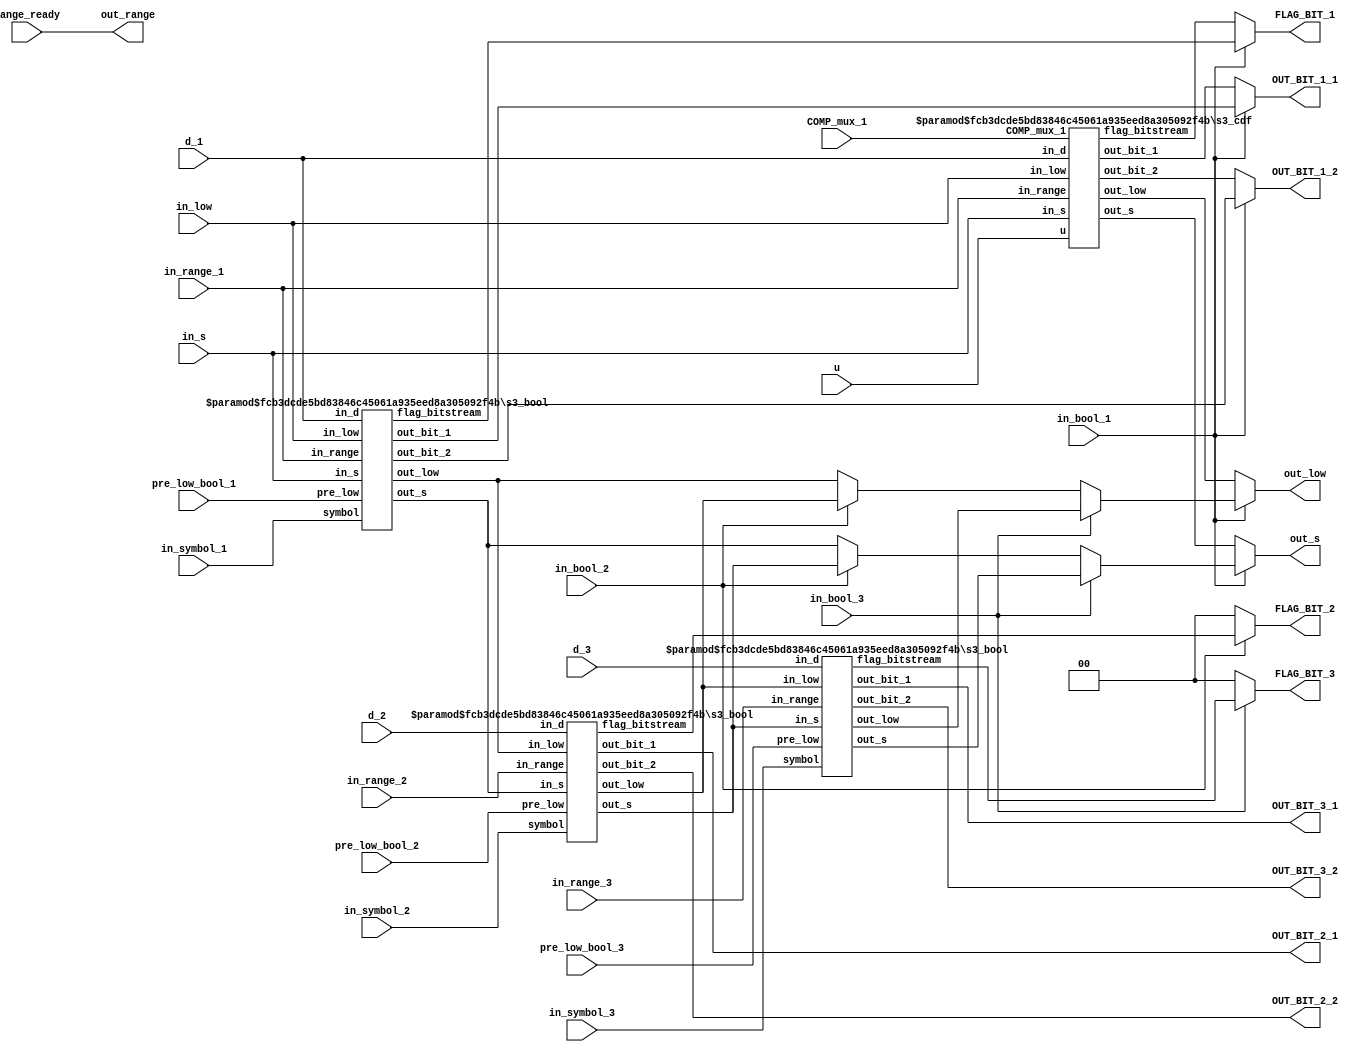
// To check later
// 1- Make the bitstream generation (out_bit_1/2) to be 9-bit arrays

module stage_3 #(
  parameter RANGE_WIDTH = 16,
  parameter LOW_WIDTH = 24,
  parameter D_SIZE = 5
  ) (
    input COMP_mux_1,
    input [(D_SIZE-1):0] in_s,
    input [(LOW_WIDTH-1):0] in_low,
    input [(D_SIZE-1):0] d_1, d_2, d_3,
    input in_bool_1, in_bool_2, in_bool_3,
    input in_symbol_1, in_symbol_2, in_symbol_3,
    input [RANGE_WIDTH:0] u,
    input [(RANGE_WIDTH-1):0] pre_low_bool_1, pre_low_bool_2, pre_low_bool_3,
    input [(RANGE_WIDTH-1):0] in_range_1, in_range_2, in_range_3, range_ready,
    output wire [(D_SIZE-1):0] out_s,
    output wire [(LOW_WIDTH-1):0] out_low,
    output wire [(RANGE_WIDTH-1):0] out_range,
    output wire [(RANGE_WIDTH-1):0] OUT_BIT_1_1, OUT_BIT_1_2,
    output wire [(RANGE_WIDTH-1):0] OUT_BIT_2_1, OUT_BIT_2_2,
    output wire [(RANGE_WIDTH-1):0] OUT_BIT_3_1, OUT_BIT_3_2,
    output wire [1:0] FLAG_BIT_1, FLAG_BIT_2, FLAG_BIT_3
  );
  wire [(LOW_WIDTH-1):0] low_bool_1, low_bool_2, low_bool_3, low_cdf;
  wire [(D_SIZE-1):0] s_cdf, s_bool_1, s_bool_2, s_bool_3;
  wire [(RANGE_WIDTH-1):0] out_bit_1_cdf, out_bit_2_cdf;    // For the 1st cdf
  // Architecture Outputs
  wire [1:0] flag_cdf_1;   // For the 1st both
  wire [1:0] flag_bool_1, flag_bool_2, flag_bool_3;
  wire [(RANGE_WIDTH-1):0] bool_out_bit_1_1, bool_out_bit_1_2;
  wire [(RANGE_WIDTH-1):0] bool_out_bit_2_1, bool_out_bit_2_2;
  wire [(RANGE_WIDTH-1):0] bool_out_bit_3_1, bool_out_bit_3_2;

  s3_cdf #(
    .D_SIZE (D_SIZE),
    .LOW_WIDTH (LOW_WIDTH),
    .RANGE_WIDTH (RANGE_WIDTH)
    ) s3_cdf (
      .u (u),
      .in_d (d_1),
      .in_s (in_s),
      .in_low (in_low),
      .in_range (in_range_1),
      .COMP_mux_1 (COMP_mux_1),
      // Outputs
      .out_s (s_cdf),
      .out_low (low_cdf),
      .out_bit_1 (out_bit_1_cdf),
      .out_bit_2 (out_bit_2_cdf),
      .flag_bitstream (flag_cdf_1)
    );

  /* Boolean Operation
      - The Parallelized Boolean estimates the use of 3 Booleans that generate
    outputs at the same clock cycle (therefore parallel).
      - In reality, they are sequential. However, if observed from the top
    entity blocks, their results arrive all together and, therefore, in
    parallel.
  */
  s3_bool #(
    .D_SIZE (D_SIZE),
    .LOW_WIDTH (LOW_WIDTH),
    .RANGE_WIDTH (RANGE_WIDTH)
    ) s3_bool_1 (
      .in_d (d_1),
      .in_s (in_s),
      .in_low (in_low),
      .symbol (in_symbol_1),
      .pre_low (pre_low_bool_1),
      .in_range (in_range_1),
      // Outputs
      .out_s (s_bool_1),
      .out_low (low_bool_1),
      .out_bit_1 (bool_out_bit_1_1),
      .out_bit_2 (bool_out_bit_1_2),
      .flag_bitstream (flag_bool_1)
  );
  s3_bool #(
    .D_SIZE (D_SIZE),
    .LOW_WIDTH (LOW_WIDTH),
    .RANGE_WIDTH (RANGE_WIDTH)
    ) s3_bool_2 (
      .in_d (d_2),
      .in_s (s_bool_1),
      .in_low (low_bool_1),
      .symbol (in_symbol_2),
      .pre_low (pre_low_bool_2),
      .in_range (in_range_2),
      // Outputs
      .out_s (s_bool_2),
      .out_low (low_bool_2),
      .out_bit_1 (bool_out_bit_2_1),
      .out_bit_2 (bool_out_bit_2_2),
      .flag_bitstream (flag_bool_2)
  );
  s3_bool #(
    .D_SIZE (D_SIZE),
    .LOW_WIDTH (LOW_WIDTH),
    .RANGE_WIDTH (RANGE_WIDTH)
    ) s3_bool_3 (
      .in_d (d_3),
      .in_s (s_bool_2),
      .in_low (low_bool_2),
      .symbol (in_symbol_3),
      .pre_low (pre_low_bool_3),
      .in_range (in_range_3),
      // Outputs
      .out_s (s_bool_3),
      .out_low (low_bool_3),
      .out_bit_1 (bool_out_bit_3_1),
      .out_bit_2 (bool_out_bit_3_2),
      .flag_bitstream (flag_bool_3)
  );
  // Outputs Assignments
  assign out_s =  (in_bool_1 == 1'b1) ? ((in_bool_3) ? s_bool_3 :
                                        (in_bool_2) ? s_bool_2 :
                                        s_bool_1) :
                  s_cdf;
  assign out_low =  (in_bool_1 == 1'b1) ? ((in_bool_3) ? low_bool_3 :
                                          (in_bool_2) ? low_bool_2 :
                                          low_bool_1) :
                    low_cdf;
  // ------------------------------------------------------
  assign OUT_BIT_1_1 =  (in_bool_1 == 1'b1) ? bool_out_bit_1_1 :
                        out_bit_1_cdf;
  assign OUT_BIT_1_2 =  (in_bool_1 == 1'b1) ? bool_out_bit_1_2 :
                        out_bit_2_cdf;

  /* In order to reduce the delay, sometimes there OUT_BIT 2_x and 3_x will
  receive a valid number instead of zero. This reduces the delay by 1 mux and
  might be benefitial here.
    The validation of these OUT_BITs will be done by the corresponding FLAG_BIT.
  */
  assign OUT_BIT_2_1 = bool_out_bit_2_1;
  assign OUT_BIT_2_2 = bool_out_bit_2_2;

  assign OUT_BIT_3_1 = bool_out_bit_3_1;
  assign OUT_BIT_3_2 = bool_out_bit_3_2;

  assign FLAG_BIT_1 = (in_bool_1 == 1'b1) ? flag_bool_1 :
                      flag_cdf_1;
  assign FLAG_BIT_2 = (in_bool_2 == 1'b1) ? flag_bool_2 :
                      2'd0;
  assign FLAG_BIT_3 = (in_bool_3 == 1'b1) ? flag_bool_3 :
                      2'd0;
  // ------------------------------------------------------
  /*  Variables already assigned upon the modules' output:
      - Flags bitstream 2 and 3;
      - Out Bitstreams 2_x and 3_x. */
  assign out_range = range_ready;
endmodule

module s3_cdf #(
  parameter D_SIZE = 5,
  parameter LOW_WIDTH = 24,
  parameter RANGE_WIDTH = 16
  )(
    input COMP_mux_1,
    input [RANGE_WIDTH:0] u,
    input [(LOW_WIDTH-1):0] in_low,
    input [(D_SIZE-1):0] in_d, in_s,
    input [(RANGE_WIDTH-1):0] in_range,
    // Outputs
    output wire [1:0] flag_bitstream,
    output wire [(D_SIZE-1):0] out_s,
    output wire [(LOW_WIDTH-1):0] out_low,
    output wire [(RANGE_WIDTH-1):0] out_bit_1, out_bit_2
  );
  wire [(LOW_WIDTH-1):0] low_1, low_raw;
  assign low_1 = in_low + (in_range - u[(RANGE_WIDTH-1):0]);

  assign low_raw =  (COMP_mux_1 == 1'b1) ? low_1 :
                    in_low;
  s3_renormalization # (
    .D_SIZE (D_SIZE),
    .LOW_WIDTH (LOW_WIDTH),
    .RANGE_WIDTH (RANGE_WIDTH)
    ) s3_cdf_norm (
      .d (in_d),
      .in_s (in_s),
      .low_raw (low_raw),
      // Outputs
      .out_s (out_s),
      .out_low (out_low),
      .out_bit_1 (out_bit_1),
      .out_bit_2 (out_bit_2),
      .flag_bitstream (flag_bitstream)
    );
endmodule

module s3_bool #(
  parameter D_SIZE = 5,
  parameter LOW_WIDTH = 24,
  parameter RANGE_WIDTH = 16
  )(
    input symbol,
    input [(LOW_WIDTH-1):0] in_low,
    input [(D_SIZE-1):0] in_d, in_s,
    input [(RANGE_WIDTH-1):0] in_range, pre_low,
    // Outputs
    output wire [1:0] flag_bitstream,
    output wire [(D_SIZE-1):0] out_s,
    output wire [(LOW_WIDTH-1):0] out_low,
    output wire [(RANGE_WIDTH-1):0] out_bit_1, out_bit_2
  );
  wire [(LOW_WIDTH-1):0] low_1, low_raw;
  /* Pre_low is a variable calculated within the Boolean block in Stage 2.
    Its creation was specifically done to reduce the stress generated by the
  parallelized Boolean blocks in Stage 3.
    Pre_low = in_range - v_bool
  */
  assign low_1 = in_low + pre_low;

  assign low_raw =  (symbol == 1'b1) ? low_1 :
                    in_low;
  s3_renormalization #(
    .D_SIZE (D_SIZE),
    .LOW_WIDTH (LOW_WIDTH),
    .RANGE_WIDTH (RANGE_WIDTH)
    ) s3_bool_norm (
      .d (in_d),
      .in_s (in_s),
      .low_raw (low_raw),
      // Outputs
      .out_s (out_s),
      .out_low (out_low),
      .out_bit_1 (out_bit_1),
      .out_bit_2 (out_bit_2),
      .flag_bitstream (flag_bitstream)
    );
endmodule

module s3_renormalization #(
  parameter LOW_WIDTH = 24,
  parameter RANGE_WIDTH = 16,
  parameter D_SIZE = 5
  )(
    input [(LOW_WIDTH-1):0] low_raw,
    input [(D_SIZE-1):0] d, in_s,
    // Outputs
    output wire [1:0] flag_bitstream,
    output wire [(D_SIZE-1):0] out_s,
    output wire [(LOW_WIDTH-1):0] out_low,
    output wire [(RANGE_WIDTH-1):0] out_bit_1, out_bit_2
  );
  wire [(LOW_WIDTH-1):0] low_s0, low_s8, m_s8, m_s0;
  wire [(D_SIZE-1):0] c_norm_s0, c_norm_s8, s_s0, s_s8;
  wire [(D_SIZE-1):0] s_comp;
  wire [(D_SIZE-1):0] c_bit_s0, c_bit_s8;

  assign s_comp = in_s + d;
  // ----------------------
  assign c_norm_s0 = in_s + 5'd7;
  assign m_s0 = (24'd1 << c_norm_s0) - 24'd1;

  // s_s0 adapted from: s0 = (in_s + 16) + d - 24
  assign s_s0 = in_s + d - 5'd8;
  assign low_s0 = low_raw & m_s0;
  // -----------------------
  assign c_norm_s8 = in_s - 5'd1;
  // m_s8 adapted from: m_s8 = m_s0 >> 8
  assign m_s8 = (24'd1 << c_norm_s8) - 24'd1;

  // s_s8 adapted from: s8 = (in_s + 8) + d - 24
  assign s_s8 = in_s + d - 5'd16;
  assign low_s8 = low_raw & m_s8;

  // pre-bitstream generation
  assign c_bit_s0 = in_s + 5'd7;
  assign c_bit_s8 = in_s - 5'd1;
  // =========================================================================
  // Outputs

  assign out_low =  ((s_comp >= 9) && (s_comp < 17)) ? low_s0 << d :
                    (s_comp >= 17) ? low_s8 << d :
                    low_raw << d;

  assign out_s =  ((s_comp >= 9) && (s_comp < 17)) ? s_s0 :
                  (s_comp >= 17) ? s_s8 :
                  s_comp;
  /*
    out_bit_1 and out_bit_2 are the pre-bitstreams generated by Stage 3.
    They are send to Stage 4 (carry propagation) for a reduction from a 9-bit to
  an 8-bit array.
  */
  assign out_bit_1 =  (s_comp >= 9) ? low_raw >> c_bit_s0 :
                      16'd0;
  assign out_bit_2 =  (s_comp >= 17) ? low_s0 >> c_bit_s8 :
                      16'd0;
  /*
  flag_bitstream represents how many pre-bitstreams are being in a given round
      01 (1): generating only out_bit_1
      10 (2): generating out_bit_1 and out_bit_2
  */

  assign flag_bitstream = ((s_comp >= 9) && (s_comp < 17)) ? 2'd1 :
                          (s_comp >= 17) ? 2'd2 :
                          2'd0;
endmodule